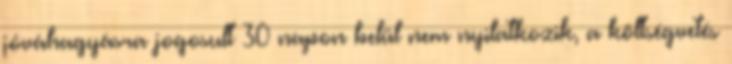
jóváhagyásra jogosult 30 napon belül nem nyilatkozik, a költségvetés